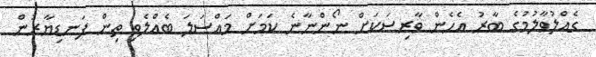
ގެއްލުވާލުމުގެ ބާރު އެހެން ވާރިސަކަށް ނޯންނާނެ ކަމަށް މައްސަލަ ބެއްލެވި ތިން ފަނޑިޔާރުން